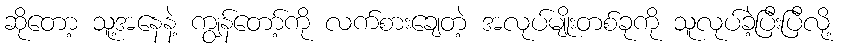
ဆိုတော့ သူ့အနေနဲ့ ကျွန်တော့်ကို လက်စားချေတဲ့ အလုပ်မျိုးတစ်ခုကို သူလုပ်ခဲ့ပြီးပြီလို့